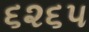
૬૨૬૫